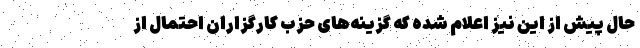
حال پیش از این نیز اعلام شده که گزینه‌های حزب کارگزاران احتمال از